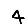
Digit: 4